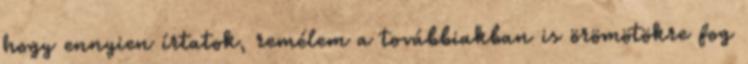
hogy ennyien írtatok, remélem a továbbiakban is örömötökre fog